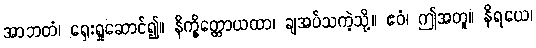
အာဘတံ၊ ရှေးရှုဆောင်၍။ နိက္ခိတ္တောယထာ၊ ချအပ်သကဲ့သို့။ ဧဝံ၊ ဤအတူ။ နိရယေ၊